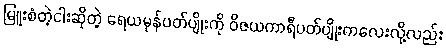
မြူးစံတဲ့ငါးဆိုတဲ့ ရေယမုန်ပတ်ပျိုးကို ဝိဇယကာရီပတ်ပျိုးကလေးလို့လည်း